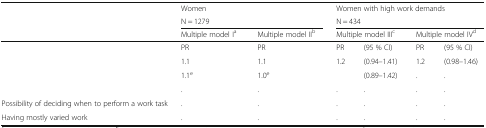
<table><thead><tr><td>[EMPTY_CELL]</td><td colspan="4"><b>Women</b></td><td colspan="4"><b>Women with high work demands</b></td></tr><tr><td>[EMPTY_CELL]</td><td colspan="4"><b>N = 1279</b></td><td colspan="4"><b>N = 434</b></td></tr><tr><td>[EMPTY_CELL]</td><td colspan="2"><b>Multiple model I<sup>a</sup></b></td><td colspan="2"><b>Multiple model II<sup>b</sup></b></td><td colspan="2"><b>Multiple model III<sup>c</sup></b></td><td colspan="2"><b>Multiple model IV<sup>d</sup></b></td></tr></thead><tbody><tr><td>[EMPTY_CELL]</td><td>PR</td><td>[EMPTY_CELL]</td><td>PR</td><td>[EMPTY_CELL]</td><td>PR</td><td>(95 % CI)</td><td>PR</td><td>(95 % CI)</td></tr><tr><td>[EMPTY_CELL]</td><td>1.1</td><td>[EMPTY_CELL]</td><td>1.1</td><td>[EMPTY_CELL]</td><td>1.2</td><td>(0.94–1.41)</td><td>1.2</td><td>(0.98–1.46)</td></tr><tr><td>[EMPTY_CELL]</td><td>1.1<sup>e</sup></td><td>[EMPTY_CELL]</td><td>1.0<sup>e</sup></td><td>[EMPTY_CELL]</td><td>[EMPTY_CELL]</td><td>(0.89–1.42)</td><td>.</td><td>.</td></tr><tr><td>[EMPTY_CELL]</td><td>.</td><td>[EMPTY_CELL]</td><td>.</td><td>[EMPTY_CELL]</td><td>.</td><td>.</td><td>.</td><td>.</td></tr><tr><td>Possibility of deciding when to perform a work task</td><td>.</td><td>[EMPTY_CELL]</td><td>.</td><td>[EMPTY_CELL]</td><td>.</td><td>.</td><td>.</td><td>.</td></tr><tr><td>Having mostly varied work</td><td>.</td><td>[EMPTY_CELL]</td><td>.</td><td>[EMPTY_CELL]</td><td>.</td><td>.</td><td>.</td><td>.</td></tr></tbody></table>